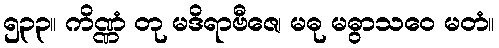
၅၃၃။ ကိဏ္ဏံ တု မဒိရာဗီဇေ၊ မဓု မဓွာသဝေ မတံ။